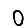
Digit: 0